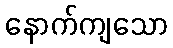
နောက်ကျသော